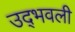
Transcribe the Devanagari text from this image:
उद्‍भवली